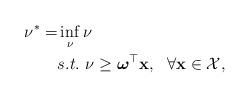
LaTeX: \begin{align*}\nu^*=& \inf_{\nu} \nu\\& s.t. \ \nu \geq \boldsymbol{\omega}^{\top} \mathbf{x}, \ \ \forall \mathbf{x} \in \mathcal{X},\end{align*}